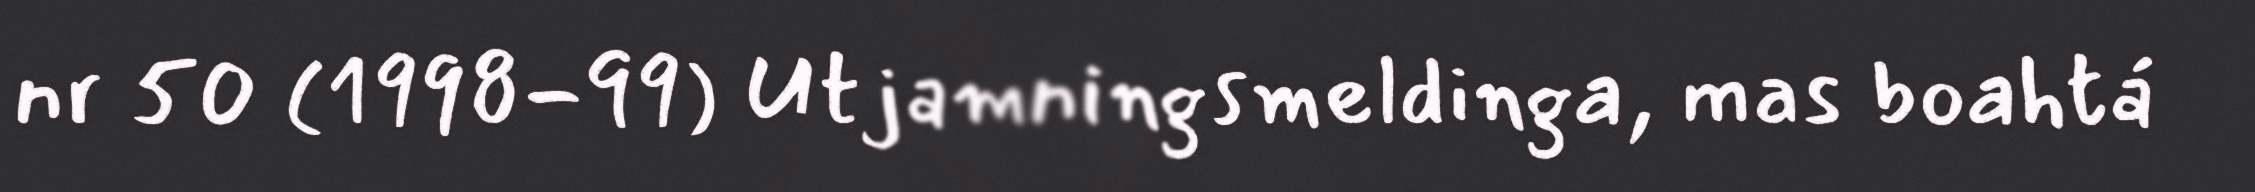
nr 50 (1998-99) Utjamningsmeldinga, mas boahtá